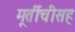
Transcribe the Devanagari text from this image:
मूर्तीचीसह